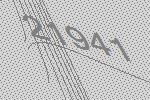
21941